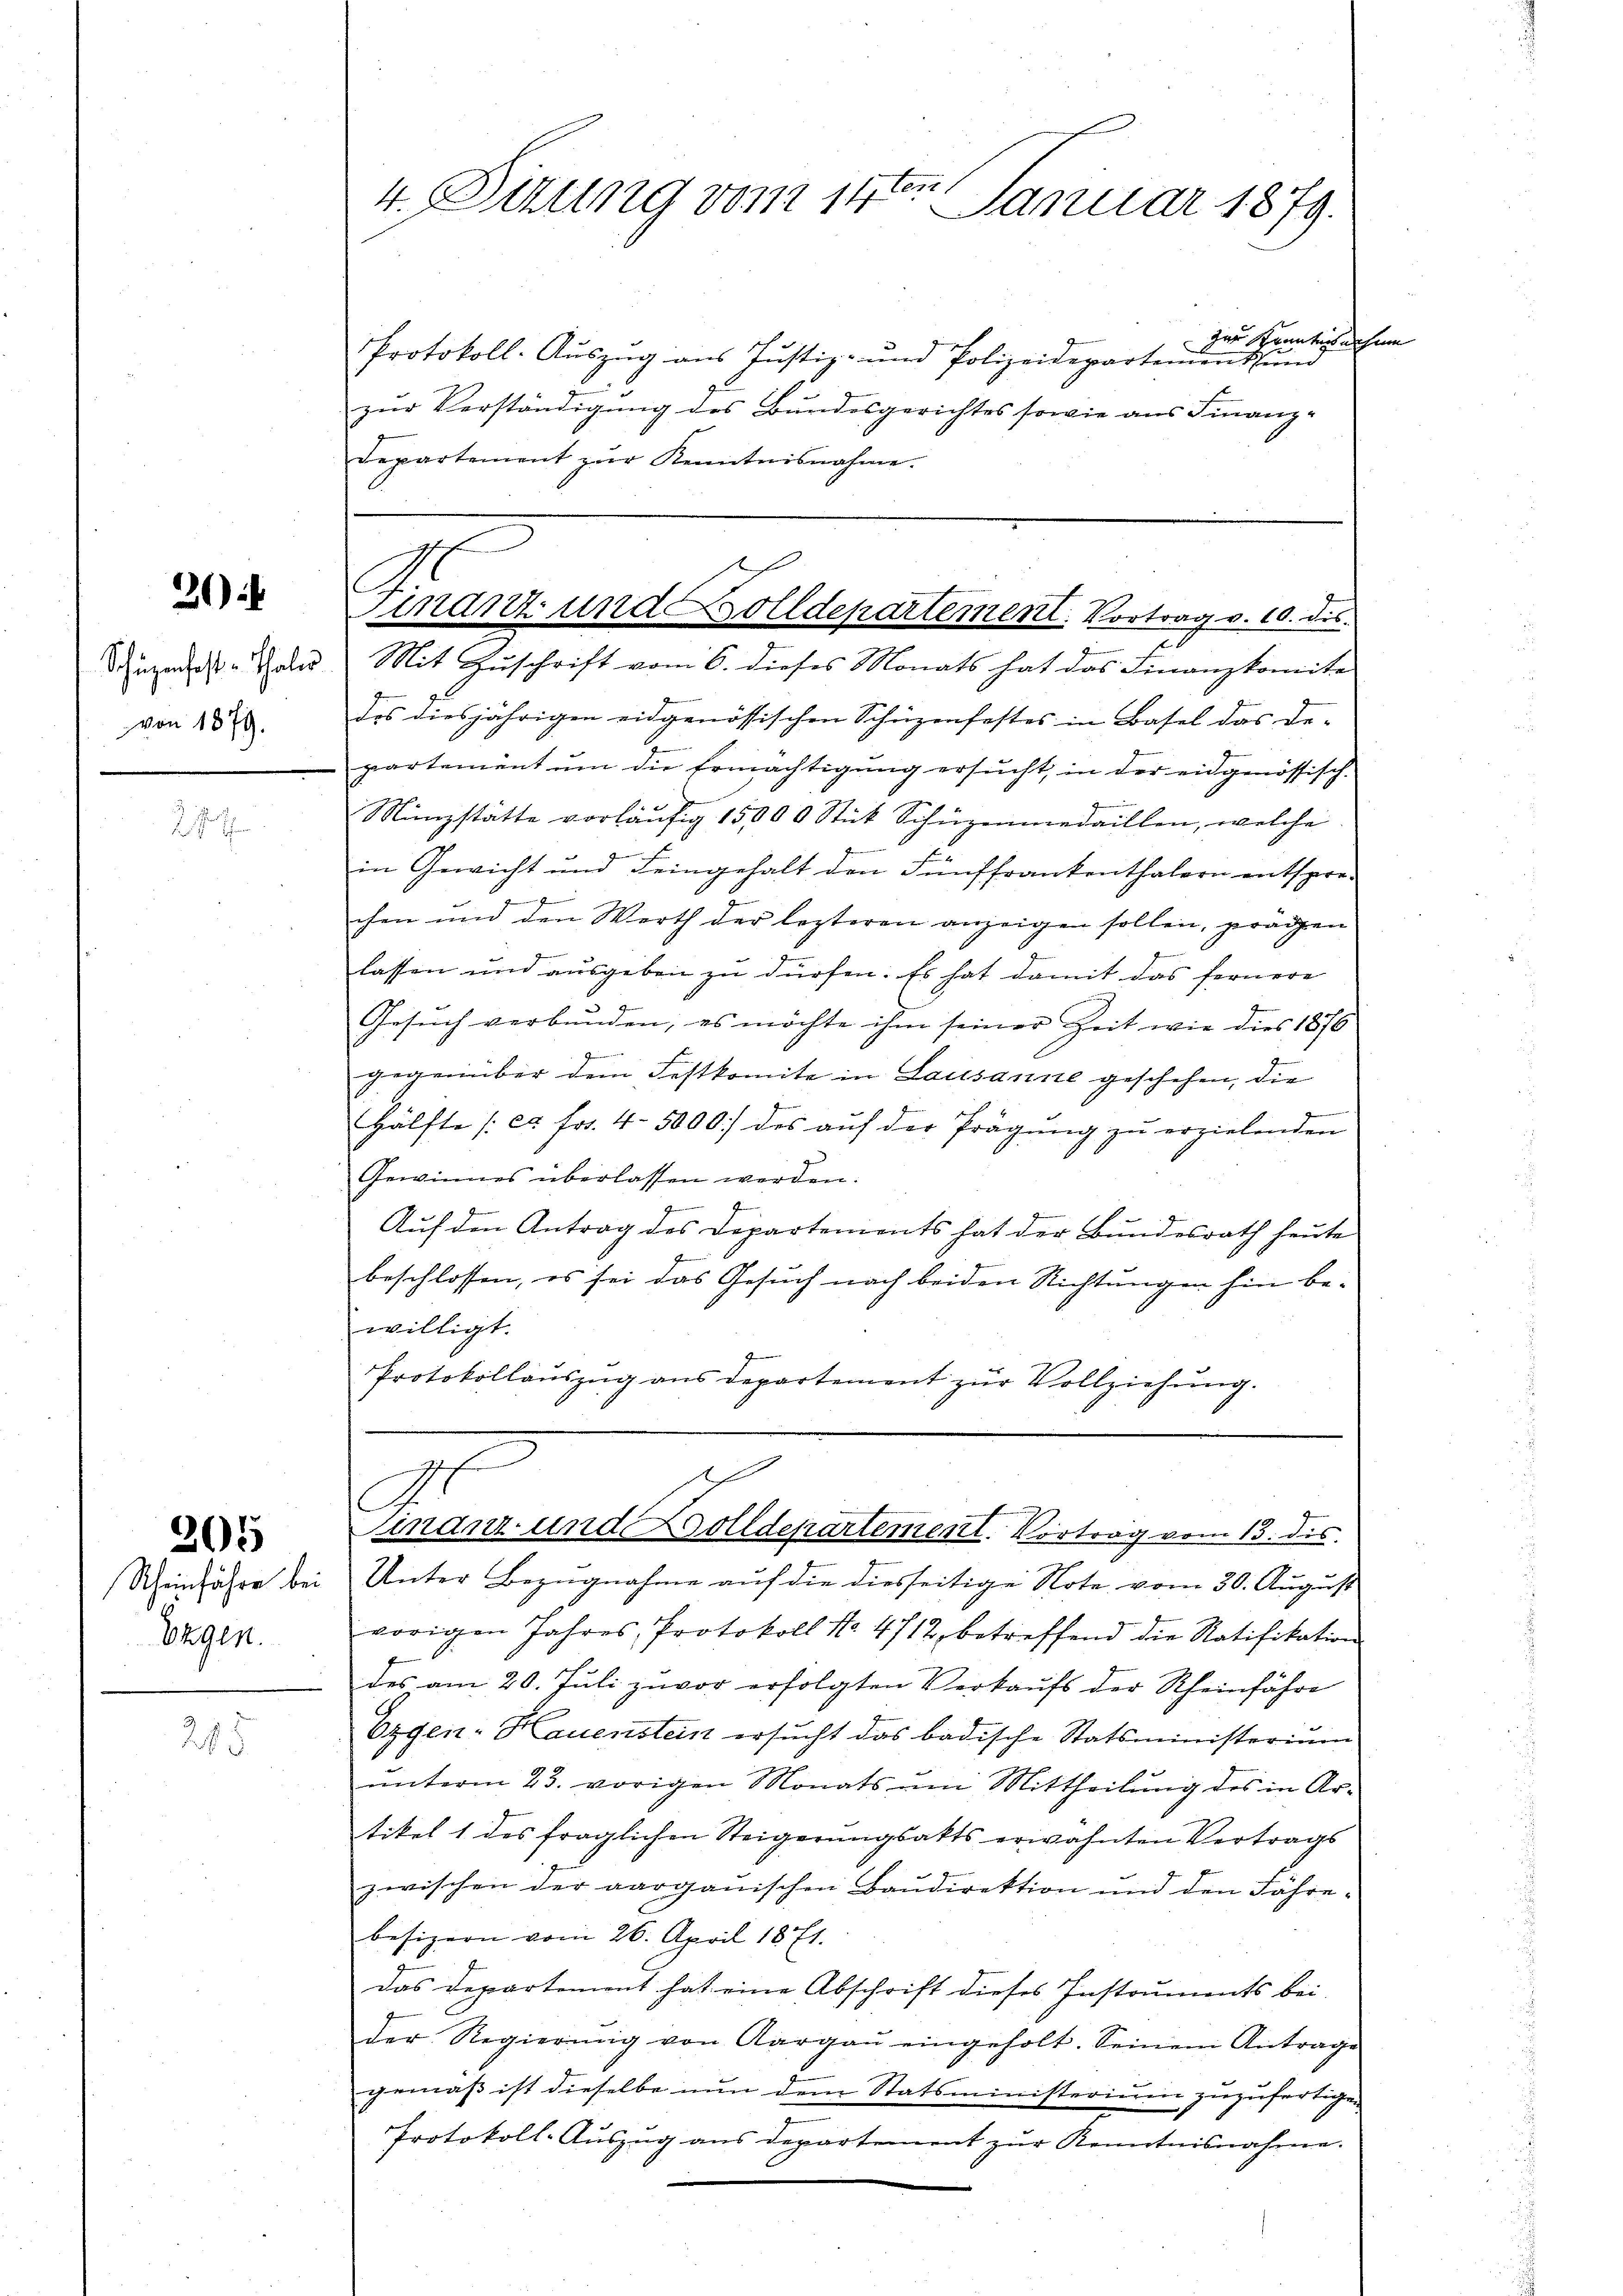
20)

von 1879.

Eugen.

205

285

4. Sizung vom 14.
ter Januar 1879.

zur Kenntersuchen
Protokoll-Auszug aus Justiz- und Polizeidepartement und
zŭr Verständigung des Bundesgerichtes sowie aus Finanz-
Departement zur Kenntnisnahme.
das diesjährigen eidgenössischen Schüzenfestes in Basel das De-
partement ŭm die Ermächtigung ersŭcht, in der eidgenössisch-
Münzstätte vorläŭfig 15000 Stück Schüzenmedaillen, welche
in Gewicht und Feingehalt den Fünffrankenthalern entspre-
chen und den Werth der lezteren anzeigen sollen, prädgen
lassen und ausgeben zu dürfen. Es hat damit das fernere
Gesŭch verbŭnden, es möchte ihm seiner Zeit wie dies 1876
gegenüber dem Festkomite in Lausanne geschehen, die

Hälfte (et Fr. 45000 des auf der Prägung zu erzielenden
Gewinnes überlassen werden.
J
Auf den Antrag des Departements hat der Bundesrath heute
beschlossen, es sei das Gesuch nach beiden Richtungen hin bewilligt.
Protokollaŭszŭg ans Departement zŭr Vollziehŭng.

sch
Finanz- und Zolldepartement. Vortrag v. 10. dis
Ingange Sohn Mit Zuschrift vom 6. dieses Monats hat das Finanzkomite

Ich
inanz- und Dolldepartement. Vortrag vom 13. dis

Scheinfahre bei Unter Bezugnahme auf die diesseitige Note vom 30. August
vorigen Jahres, Protokoll No. 4712, betreffend die Ratifikation
des am 20. Jŭli zuvor erfolgten Verkaŭfs der Rheinfahre
Ergen-Hauenstein ersucht das badische Statsministerium
ŭnterm 23. vorigen Monats um Mittheilung des in Ar-
tikel 1 des fraglichen Steigerŭngsakts erwähnten Vertrags
zwischen der aargauischen Baŭdirektion und den Fähre-
besizern vom 26. April 1871.
Das Departement hat eine Abschrift dieses Instruments bei
der Regierŭng von Aargaŭ eingeholt. Seinem Antrage
gemäß ist dieselbe nun dem Statsministerium zuzufertigen
Protokoll-Auszug aus Departement zur Kenntnisnahme.